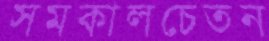
সমকালচেতন